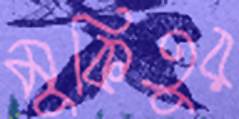
মুকিতুর